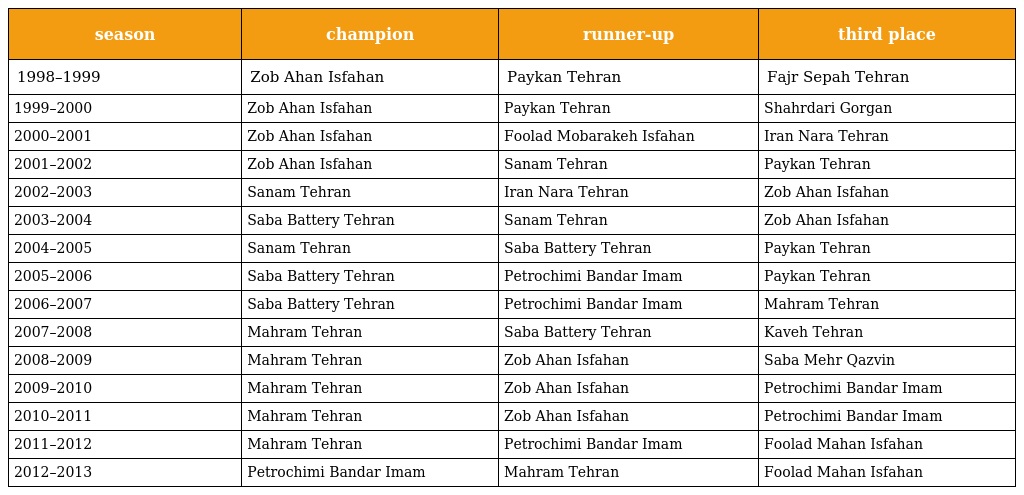
| season | champion | runner-up | third place |
 | --- | --- | --- | --- |
 | 1998–1999 | Zob Ahan Isfahan | Paykan Tehran | Fajr Sepah Tehran |
 | 1999–2000 | Zob Ahan Isfahan | Paykan Tehran | Shahrdari Gorgan |
 | 2000–2001 | Zob Ahan Isfahan | Foolad Mobarakeh Isfahan | Iran Nara Tehran |
 | 2001–2002 | Zob Ahan Isfahan | Sanam Tehran | Paykan Tehran |
 | 2002–2003 | Sanam Tehran | Iran Nara Tehran | Zob Ahan Isfahan |
 | 2003–2004 | Saba Battery Tehran | Sanam Tehran | Zob Ahan Isfahan |
 | 2004–2005 | Sanam Tehran | Saba Battery Tehran | Paykan Tehran |
 | 2005–2006 | Saba Battery Tehran | Petrochimi Bandar Imam | Paykan Tehran |
 | 2006–2007 | Saba Battery Tehran | Petrochimi Bandar Imam | Mahram Tehran |
 | 2007–2008 | Mahram Tehran | Saba Battery Tehran | Kaveh Tehran |
 | 2008–2009 | Mahram Tehran | Zob Ahan Isfahan | Saba Mehr Qazvin |
 | 2009–2010 | Mahram Tehran | Zob Ahan Isfahan | Petrochimi Bandar Imam |
 | 2010–2011 | Mahram Tehran | Zob Ahan Isfahan | Petrochimi Bandar Imam |
 | 2011–2012 | Mahram Tehran | Petrochimi Bandar Imam | Foolad Mahan Isfahan |
 | 2012–2013 | Petrochimi Bandar Imam | Mahram Tehran | Foolad Mahan Isfahan |